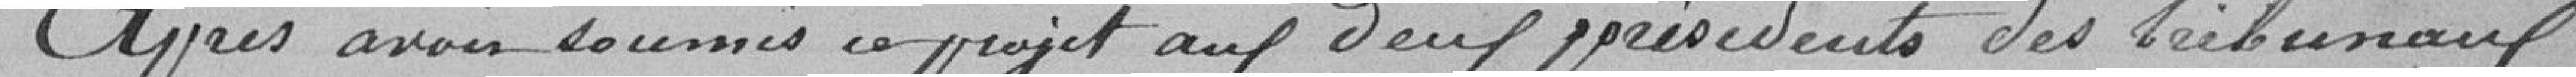
Après avoir soumis ce projet aux deux présidents des tribunaux